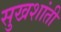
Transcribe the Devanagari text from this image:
सुखशांती